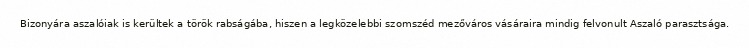
Bizonyára aszalóiak is kerültek a török rabságába, hiszen a legközelebbi szomszéd mezőváros vásáraira mindig felvonult Aszaló parasztsága.